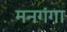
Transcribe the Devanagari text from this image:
मनगंगा